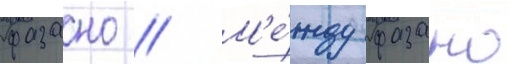
фазано // М'е́жду фазано